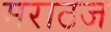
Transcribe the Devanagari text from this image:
मराठज